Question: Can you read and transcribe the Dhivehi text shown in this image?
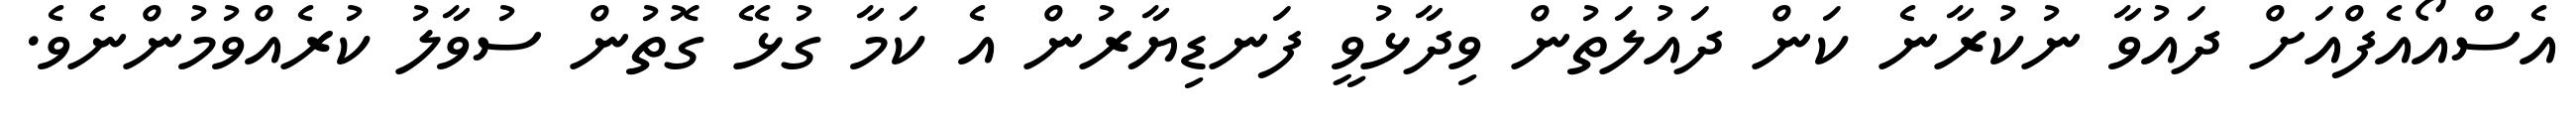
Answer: އެސްއޯއެފްއަށް ދައުވާ ނުކުރާނެ ކަން ދައުލަތުން ވިދާޅުވީ ފަނޑިޔާރުން އެ ކަމާ ގުޅޭ ގޮތުން ސުވާލު ކުރެއްވުމުންނެވެ.